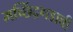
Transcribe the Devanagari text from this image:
मच्छिंद्रगडाची